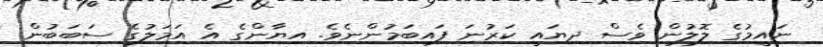
ނައީމުގެ ލޮލުން ވެސް ދިޔައީ ކަރުނަ ފައިބަމުންނެވެ. އިޔާންގެ އެ އަމަލުގެ ސަބަބުން